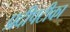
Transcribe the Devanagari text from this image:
प्रदीपटीका